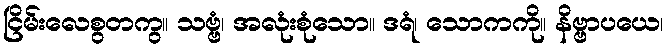
ငြိမ်းလေစွတကွ။ သဗ္ဗံ၊ အလုံးစုံသော။ ဒရံ၊ သောကကို။ နိဗ္ဗာပယေ၊